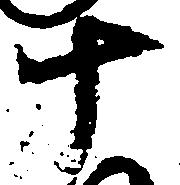
十